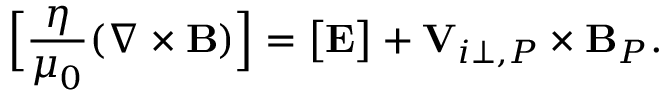
{ \Big [ } \frac { \eta } { \mu _ { 0 } } ( \nabla \times { \mathbf B } ) { \Big ] } = { \big [ } { \mathbf E } { \big ] } + { \mathbf V } _ { i \perp , P } \times { \mathbf B } _ { P } .